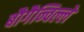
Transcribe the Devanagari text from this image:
बौगैन्विल्ले